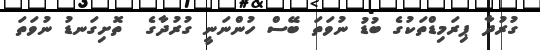
ގުރުދާ ޕިރަމިޑްތަކުގެ ބުޑު ނުވަތަ ބޭސް ހުންނަނީ ގުރުދާގެ  ތޮށިގަނޑު ނުވަތަ